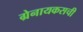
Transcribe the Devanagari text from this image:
ग्रेनायकसची